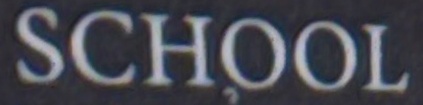
SCHOOL